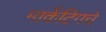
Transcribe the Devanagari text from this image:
मार्केटिंगचे